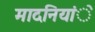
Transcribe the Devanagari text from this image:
मादनियांे